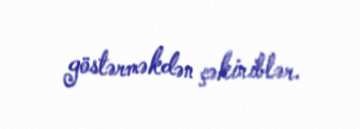
göstərməkdən çəkiniblər.